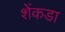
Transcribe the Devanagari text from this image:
शेंकडा